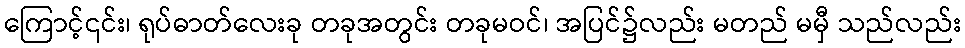
ကြောင့်၎င်း၊ ရုပ်ဓာတ်လေးခု တခုအတွင်း တခုမဝင်၊ အပြင်၌လည်း မတည် မမှီ သည်လည်း